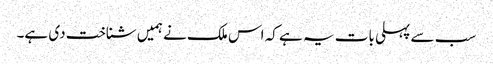
سب سے پہلی بات یہ ہے کہ اس ملک نے ہمیں شناخت دی ہے۔